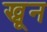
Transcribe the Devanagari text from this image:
ख्रून